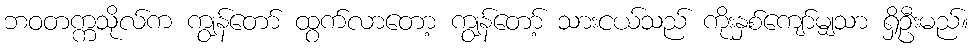
ဘဝတက္ကသိုလ်က ကျွန်တော် ထွက်လာတော့ ကျွန်တော့် သားငယ်သည် ကိုးနှစ်ကျော်မျှသာ ရှိဦးမည်။